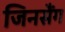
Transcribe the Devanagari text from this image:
जिनसैंग